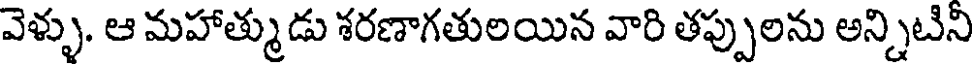
వెళ్ళు. ఆ మహాత్ముడు శరణాగతులయిన వారి తప్పులను అన్నిటిని